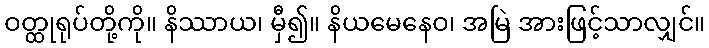
ဝတ္ထုရုပ်တို့ကို။ နိဿာယ၊ မှီ၍။ နိယမေနေဝ၊ အမြဲ အားဖြင့်သာလျှင်။